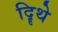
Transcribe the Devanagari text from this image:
दिॄथे